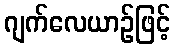
ဂျက်လေယာဉ်ဖြင့်